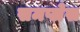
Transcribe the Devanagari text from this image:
समप्लेस